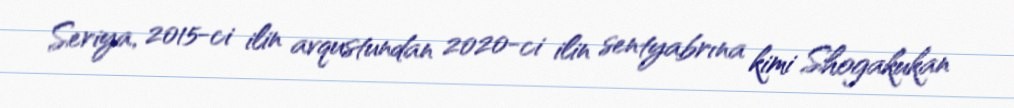
Seriya, 2015-ci ilin avqustundan 2020-ci ilin sentyabrına kimi Shogakukan